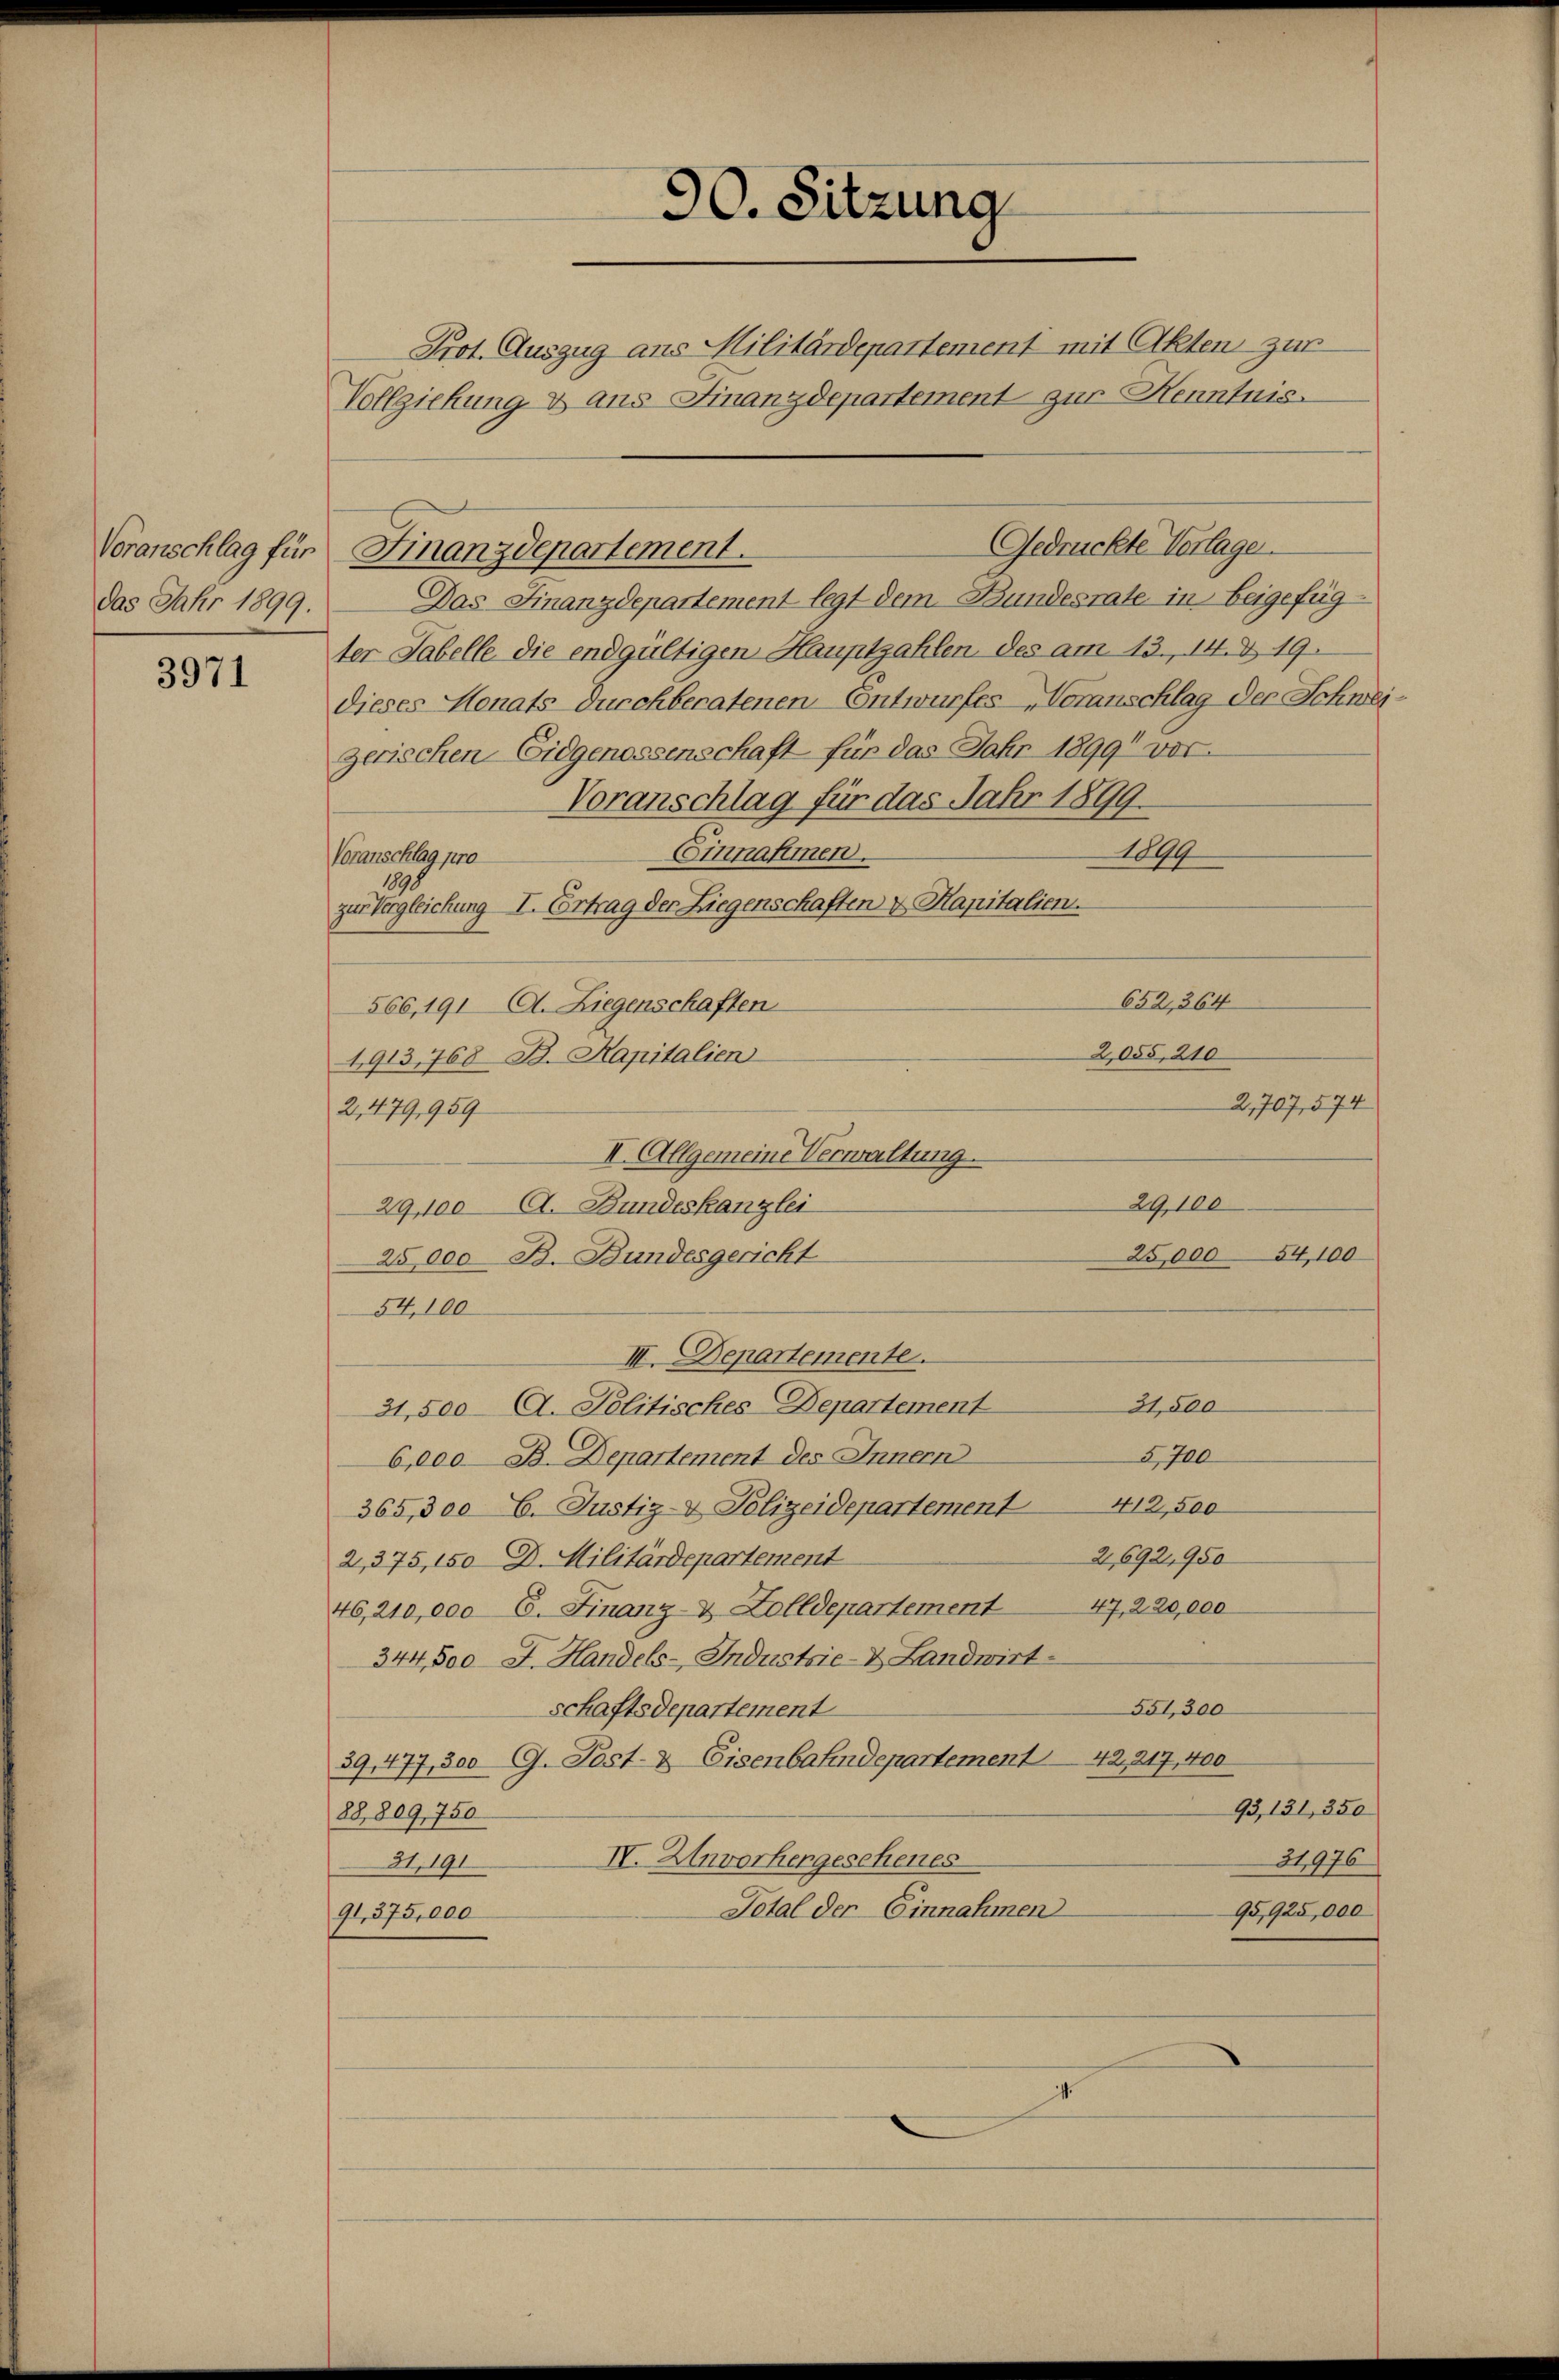
Voranschlag für
das Jahr 1899.

3971

Das Finanzdepartement legt dem Bundesrate in beigefügter Tabelle die endgültigen Hauptzahlen des am 13., 14. & 19.
dieses Monats durchberatenen Entwurfes-Voranschlag der Schweizerischen Eidgenossenschaft für das Jahr 1899 vor-
Voranschlag für das Jahr 1899.
1899
Einnahmen.
Voranschlag pro
18
zur Vergleichung I. Ertrag der Liegenschaften & Kapitalien.
652,364
566, 191 (A. Liegenschaften
2,055, 210
4913,768 B. Kapitalien
2,707,574
2,479,959
II. Allgemeine Verwaltung.
29,100
29,100 A. Bundeskanzlei
25,000 54,100
25,000 B. Bundesgericht
54,100
III. Departemente.
31,500
31,500 A. Politisches-Departement
5,700
6,000 B. Departement des Innern
365,3006. Justiz- & Polizeidepartement 412,500
2,692,950
2,375, 150 D. Militärdepartement
46,210,000 E. Finanz- & Zolldepartement 47, 220,000
344,500 F. Handels-Industrie- & Landwirt-
551,300
schaftsdepartement
39,477, 300 G. Post- & Eisenbahndepartement 42,217, 400
93,131, 350
88,809, 750
IV. Unvorhergesehenes
24976
31.191
Total der Einnahmen
95,925,000
91, 375,000

90. Sitzung

Prot. Auszug aus Militärdepartement mit Akten zur
Vollziehung & aus Finanzdepartement zur Henntnis

Gedrückte Verlage.
Finanzdepartement.